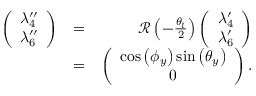
\begin{array} { r l r } { \left( \begin{array} { c } { \lambda _ { 4 } ^ { \prime \prime } } \\ { \lambda _ { 6 } ^ { \prime \prime } } \end{array} \right) } & { = } & { { \mathcal R } \left( - \frac { \theta _ { l } } { 2 } \right) \left( \begin{array} { c } { \lambda _ { 4 } ^ { \prime } } \\ { \lambda _ { 6 } ^ { \prime } } \end{array} \right) } \\ & { = } & { \left( \begin{array} { c } { \cos \left( \phi _ { y } \right) \sin \left( \theta _ { y } \right) } \\ { 0 } \end{array} \right) . } \end{array}